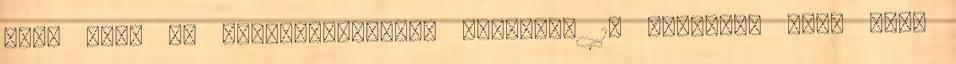
Kiss Anna Az áldozatpolitika alapjai. 17 Tartalom III. RÉSZ